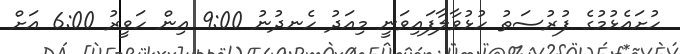
ހުށައެޅުމުގެ ފުރުސަތު ހުޅުވާލާފައިވަނީ މިއަދު ހެނދުނު 9:00 އިން ހަވީރު 6:00 އަށް